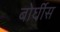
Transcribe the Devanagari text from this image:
बोर्घीस